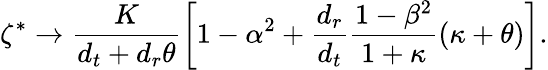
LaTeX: \zeta^{*}\to\frac{K}{{d_{t}}+{d_{r}}\theta}\left[1-\alpha^{2}+\frac{{d_{r}}}{{d_{t}}}\frac{1-\beta^{2}}{1+\kappa}\left({\kappa}+{\theta}\right)\right].